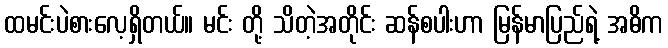
ထမင်းပဲစားလေ့ရှိတယ်။ မင်း တို့ သိတဲ့အတိုင်း ဆန်စပါးဟာ မြန်မာပြည်ရဲ့ အဓိက